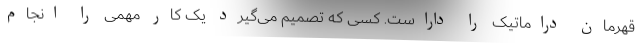
قهرمان دراماتیک را داراست. کسی که تصمیم می‌گیرد یک کار مهمی را انجام